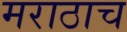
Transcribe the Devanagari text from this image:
मराठाच